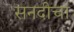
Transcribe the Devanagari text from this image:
सनदीचा